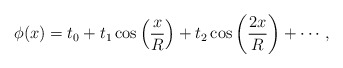
\begin{align*} \phi (x) = t_0 + t_1 \cos \left({\frac{x} {R}} \right) + t_2 \cos \left( {\frac{{2x}} {R}} \right)+ \cdots,\end{align*}